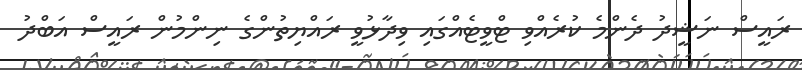
ރައީސް ނަޝީދު ދެންމެ ކުރެއްވި ޓްވީޓެއްގައި ވިދާޅުވީ ރައްޔިތުންގެ ނިންމުން ރައީސް އަބްދު